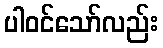
ပါဝင်သော်လည်း